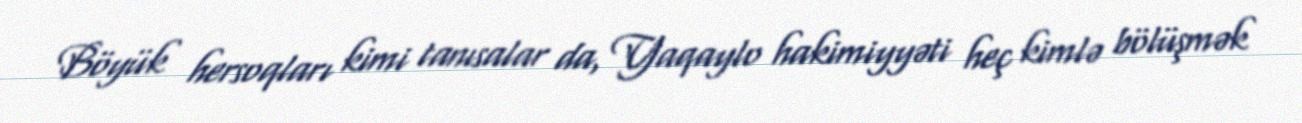
Böyük hersoqları kimi tanısalar da, Yaqaylo hakimiyyəti heç kimlə bölüşmək